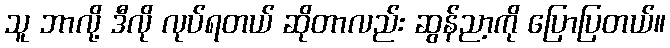
သူ ဘာလို့ ဒီလို လုပ်ရတယ် ဆိုတာလည်း ဆွန်ညာ့ကို ပြောပြတယ်။